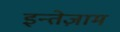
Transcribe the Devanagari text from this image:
इन्तेज़ाम